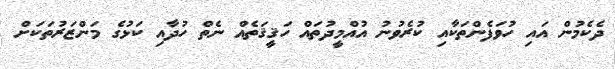
ދެކެމުން އައި ހުވަފެންތަކާއި ކުރެވުނު އުއްމީދުތައް ހަޤީޤަތެއް ނެތް ހުދާއި ކަޅުގެ މަންޒަރުތަކަށް